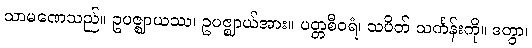
သာမဏေသည်။ ဥပဇ္ဈာယဿ၊ ဥပဇ္ဈာယ်အား။ ပတ္တစီဝရံ၊ သပိတ် သင်္ကန်းကို။ ဒတွာ၊